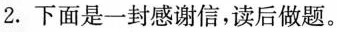
2.下面是一封感谢信，读后做题。